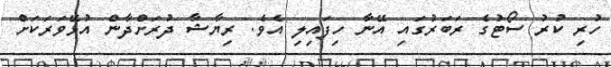
ހުރި ކުރު ސޯޓުގެ ރަބަރުގައި އޭނާ ހިފައިލި އެވެ. ރިޔާޝާ ދުރަށްދާން އުޅޭވަރަކަށް